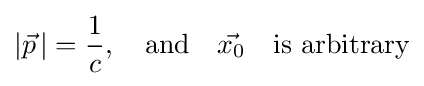
|{\vec {p}}\,|={\frac {1}{c}},\quad {\text{and}}\quad {\vec {x_{0}}}\quad {\text{is arbitrary}}